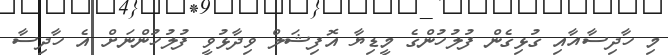
މި ހާދިސާއާއި ގުޅިގެން ފުލުހުންގެ މީޑިޔާ އޮފިޝަލް ވިދާޅުވީ ފުލުހުންނަށް އެ ހާދިސާ